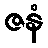
ဇနံ